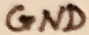
Text: GND